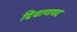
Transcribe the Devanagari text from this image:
दिवाणपद